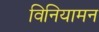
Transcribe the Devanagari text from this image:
विनियामन